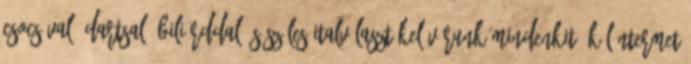
Csocsóval, dartsal, biliárddal és széles italválasztékel várunk mindenkit. Különtermet